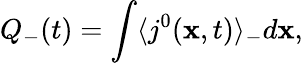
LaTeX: Q_{-}(t)=\int\langle j^{0}({\mathbf x},t)\rangle_{-}d{\mathbf x},